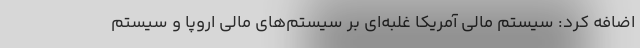
اضافه کرد: سیستم مالی آمریکا غلبه‌ای بر سیستم‌های مالی اروپا و سیستم